Indian journal of veterinary science and animal husbandry - Volumes 24-25, 1954-1955
Year: 1954
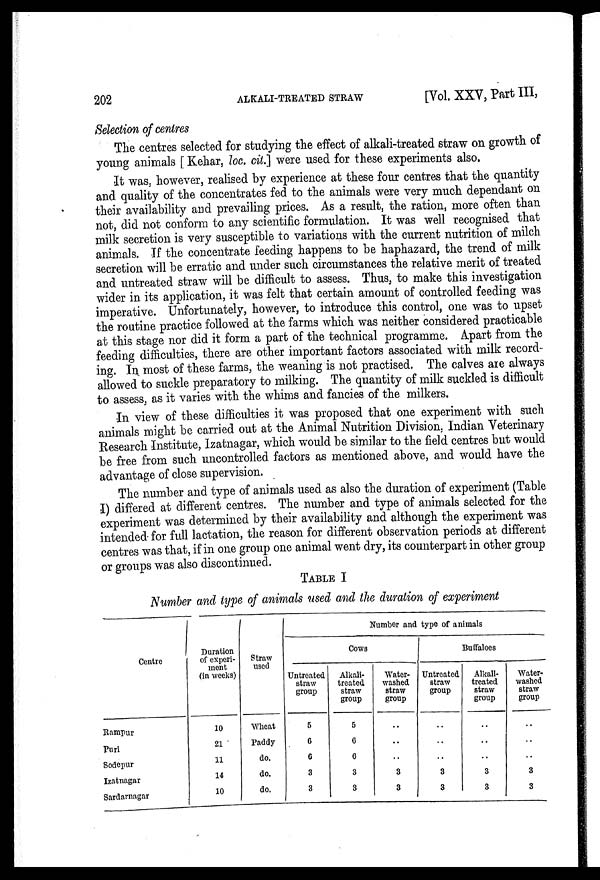
202
ALKALI-TREATED STRAW
[Vol. XXV, Part III,
Selection of centres
The centres selected for studying the effect of alkali-treated straw on growth of
young animals [Kehar, loc. cit.] were used for these experiments also.
It was, however, realised by experience at these four centres that the quantity
and quality of the concentrates fed to the animals were very much dependant on
their availability and prevailing prices. As a result, the ration, more often than
not, did not conform to any scientific formulation. It was well recognised that
milk secretion is very susceptible to variations with the current nutrition of milch
animals. If the concentrate feeding happens to be haphazard, the trend of milk
secretion will be erratic and under such circumstances the relative merit of treated
and untreated straw will be difficult to assess. Thus, to make this investigation
wider in its application, it was felt that certain amount of controlled feeding was
imperative. Unfortunately, however, to introduce this control, one was to upset
the routine practice followed at the farms which was neither considered practicable
at this stage nor did it form a part of the technical programme. Apart from the
feeding difficulties, there are other important factors associated with milk record-
ing. In most of these farms, the weaning is not practised. The calves are always
allowed to suckle preparatory to milking. The quantity of milk suckled is difficult
to assess, as it varies with the whims and fancies of the milkers.
In view of these difficulties it was proposed that one experiment with such
animals might be carried out at the Animal Nutrition Division, Indian Veterinary
Research Institute, Izatnagar, which would be similar to the field centres but would
be free from such uncontrolled factors as mentioned above, and would have the
advantage of close supervision.
The number and type of animals used as also the duration of experiment (Table
I) differed at different centres. The number and type of animals selected for the
experiment was determined by their availability and although the experiment was
intended for full lactation, the reason for different observation periods at different
centres was that, if in one group one animal went dry, its counterpart in other group
or groups was also discontinued.
TABLE I
Number and type of animals used and the duration of experiment
Centre
Rampur
Puri
Sodepur
Izatnagar
Sardarnagar
Duration
of experi-
ment
(in weeks)
10
21
11
14
10
Straw
used
Wheat
Paddy
do.
do.
do.
Number and type of animals
Cows
Untreated
straw
group
5
6
6
3
3
Alkali-
treated
straw
group
5
6
6
3
3
Water-
washed
straw
group
..
..
..
3
3
Buffaloes
Untreated
straw
group
..
..
..
3
3
Alkali-
treated
straw
group
..
..
..
3
3
Water-
washed
straw
group
..
..
..
3
3